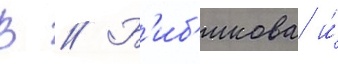
В // Б'иб'икова и́